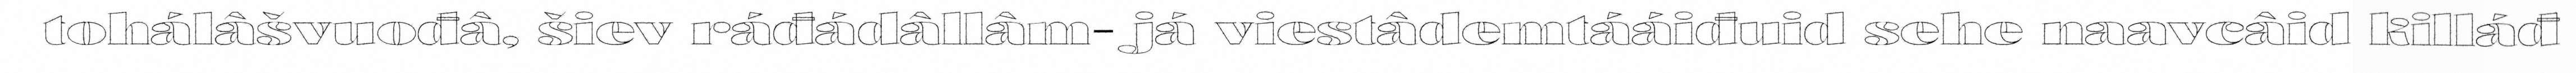
tohálâšvuođâ, šiev ráđádâllâm- já viestâdemtááiđuid sehe naavcâid killáđ